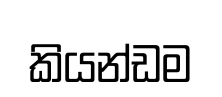
කියන්ඩම